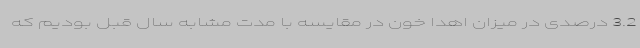
3.2 درصدی در میزان اهدا خون در مقایسه با مدت مشابه سال قبل بودیم که